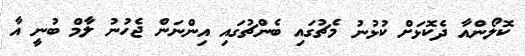
ކޮލޯންއާ ދެކޮޅަށް ކުޅުނު މެޗުގައި ބެންޗުގައި އިންނަން ޖެހުނު ލާމް ބުނީ އާ